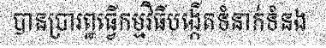
បានប្រារព្ឋធ្វើកម្មវិធីបង្កើតទំនាក់ទំនង